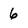
Character: 6